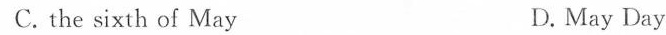
C. the sixth of May D.May Day